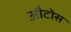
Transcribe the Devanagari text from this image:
औटोस